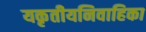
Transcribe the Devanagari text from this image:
यकृतीयनिवाहिका